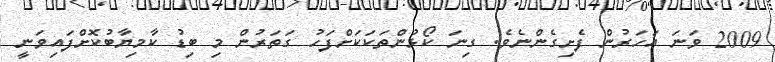
2009 ވަނަ އަހަރުން ފެށިގެންނެވެ. ގިނަ ކޯޅުންތަކަކަށްފަހު ގަތަރުން މި ބިޑު ކާމިޔާބުކޮށްފައިވަނީ